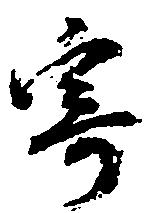
寄